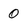
Character: 0